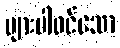
များပါဝင်သော